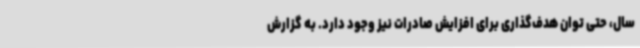
سال، حتی توان هدف‌گذاری برای افزایش صادرات نیز وجود دارد. به گزارش